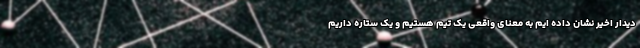
دیدار اخیر نشان داده ایم به معنای واقعی یک تیم هستیم و یک ستاره داریم